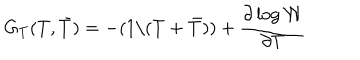
G _ { T } ( T , { \bar { T } } ) = - ( 1 / ( T + { \bar { T } } ) ) + \frac { \partial \log \cal W } { \partial T }